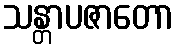
သန္တာပဇာတော